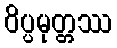
ဝိပ္ပမုတ္တဿ